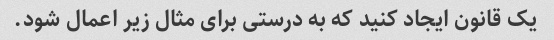
یک قانون ایجاد کنید که به درستی برای مثال زیر اعمال شود.